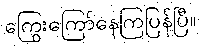
ကြွေးကြော်နေကြပြန်ပြီ။